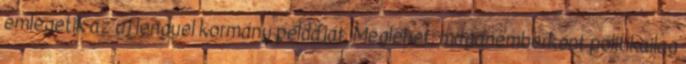
emlegetik az új lengyel kormány példáját. Meglehet, magánemberként politikailag